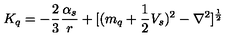
K _ { q } = - \frac { 2 } { 3 } \frac { \alpha _ { s } } { r } + [ ( m _ { q } + \frac { 1 } { 2 } V _ { s } ) ^ { 2 } - \nabla ^ { 2 } ] ^ { \frac { 1 } { 2 } } \nonumber